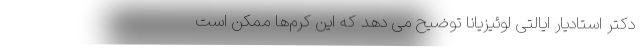
دکتر استادیار ایالتی لوئیزیانا توضیح می دهد که این کرم‌ها ممکن است